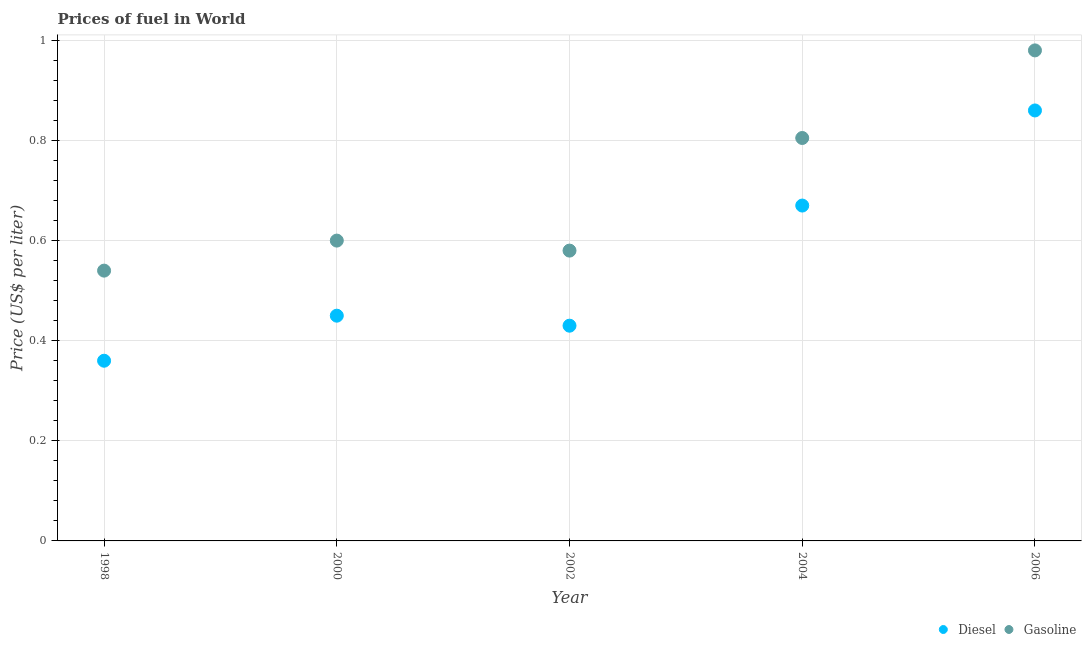
| Year | Diesel | Gasoline |
 | --- | --- | --- |
 | 1998 | 0.36 | 0.54 |
 | 2000 | 0.45 | 0.6 |
 | 2002 | 0.43 | 0.58 |
 | 2004 | 0.67 | 0.805 |
 | 2006 | 0.86 | 0.98 |